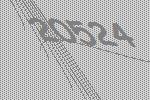
20524